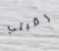
رقبتي